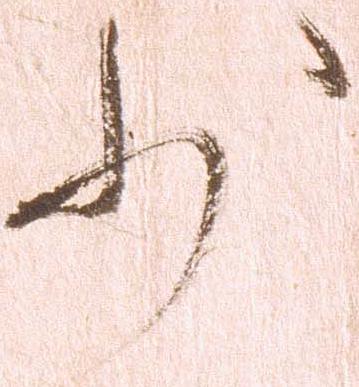
少